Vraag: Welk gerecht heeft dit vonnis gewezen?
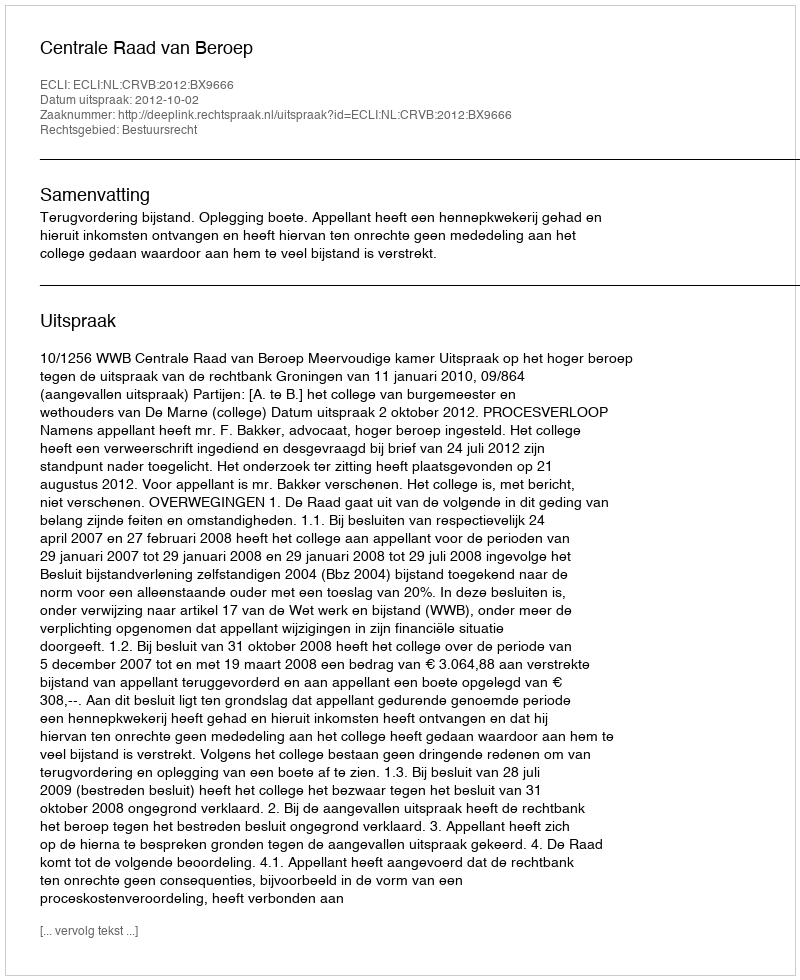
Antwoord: Centrale Raad van Beroep